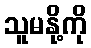
သူမနို့ကို